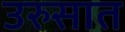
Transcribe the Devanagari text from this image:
उरुसात